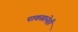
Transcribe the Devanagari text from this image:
पावसानेही